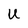
Character: U